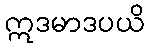
ဣဒမာဒပယိ